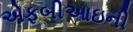
એફબીઆઇની